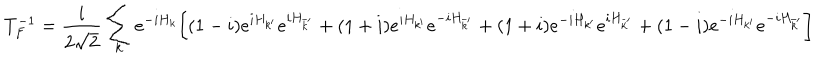
T _ { F } ^ { - 1 } = \frac { i } { 2 \sqrt { 2 } } \sum _ { k } e ^ { - i H _ { k } } \biggl [ ( 1 - i ) e ^ { i H _ { k ^ { \prime } } } e ^ { i H _ { \bar { k } ^ { \prime } } } + ( 1 + i ) e ^ { i H _ { k ^ { \prime } } } e ^ { - i H _ { \bar { k } ^ { \prime } } } + ( 1 + i ) e ^ { - i H _ { k ^ { \prime } } } e ^ { i H _ { \bar { k } ^ { \prime } } } + ( 1 - i ) e ^ { - i H _ { k ^ { \prime } } } e ^ { - i H _ { \bar { k } ^ { \prime } } } \biggr ]